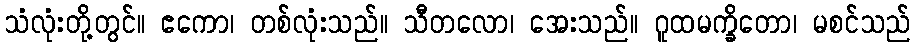
သံလုံးတို့တွင်။ ဧကော၊ တစ်လုံးသည်။ သီတလော၊ အေးသည်။ ဂူထမက္ခိတော၊ မစင်သည်